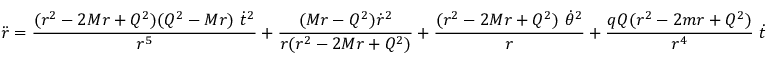
{ \ddot { r } } = { \frac { ( r ^ { 2 } - 2 M r + Q ^ { 2 } ) ( Q ^ { 2 } - M r ) \ { \dot { t } } ^ { 2 } } { r ^ { 5 } } } + { \frac { ( M r - Q ^ { 2 } ) { \dot { r } } ^ { 2 } } { r ( r ^ { 2 } - 2 M r + Q ^ { 2 } ) } } + { \frac { ( r ^ { 2 } - 2 M r + Q ^ { 2 } ) \ { \dot { \theta } } ^ { 2 } } { r } } + { \frac { q Q ( r ^ { 2 } - 2 m r + Q ^ { 2 } ) } { r ^ { 4 } } } \ { \dot { t } }